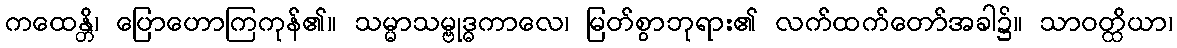
ကထေန္တိ၊ ပြောဟောကြကုန်၏။ သမ္မာသမ္ဗုဒ္ဓကာလေ၊ မြတ်စွာဘုရား၏ လက်ထက်တော်အခါ၌။ သာဝတ္ထိယာ၊